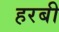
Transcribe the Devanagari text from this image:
हरबी